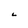
Character: 6